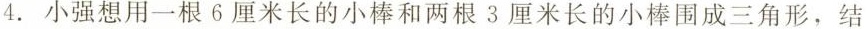
4.小强想用一根6厘米长的小棒和两根3厘米长的小棒围成三角形，结